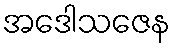
အဒေါသဇေန